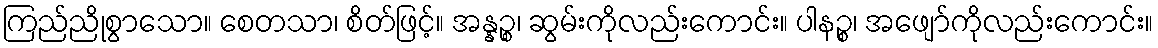
ကြည်ညိုစွာသော။ စေတသာ၊ စိတ်ဖြင့်။ အန္နဉ္စ၊ ဆွမ်းကိုလည်းကောင်း။ ပါနဉ္စ၊ အဖျော်ကိုလည်းကောင်း။